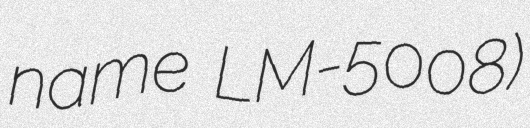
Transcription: name LM-5008)